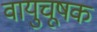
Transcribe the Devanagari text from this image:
वायुचूषक